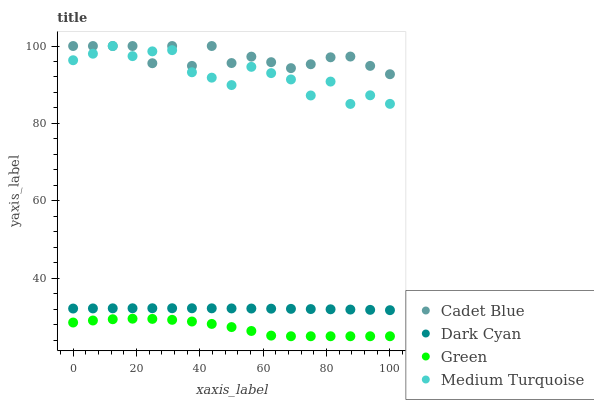
| xaxis_label | Cadet Blue | Dark Cyan | Green | Medium Turquoise |
 | --- | --- | --- | --- | --- |
 | 0 | 100 | 32.2 | 28.5 | 96.3 |
 | 6.25 | 100 | 32.2 | 29.1 | 98 |
 | 12.5 | 100 | 32.2 | 29.4 | 100 |
 | 18.8 | 100 | 32.2 | 29.5 | 97.4 |
 | 25 | 95.6 | 32.2 | 29.5 | 98.6 |
 | 31.2 | 100 | 32.2 | 29.2 | 98.9 |
 | 37.5 | 94.9 | 32.2 | 28.8 | 93.2 |
 | 43.8 | 100 | 32.2 | 28.2 | 91.8 |
 | 50 | 95.6 | 32.2 | 27.4 | 89.9 |
 | 56.2 | 97.2 | 32.2 | 26.4 | 94.6 |
 | 62.5 | 95.8 | 32.1 | 25.2 | 93 |
 | 68.8 | 94.3 | 32.1 | 25 | 91.4 |
 | 75 | 95.3 | 32 | 25 | 87.2 |
 | 81.2 | 97.1 | 32 | 25 | 90.8 |
 | 87.5 | 97.3 | 31.9 | 25 | 85 |
 | 93.8 | 94.9 | 31.8 | 25 | 87.3 |
 | 100 | 92.7 | 31.7 | 25 | 85.1 |